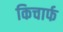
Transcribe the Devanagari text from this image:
किचार्फ